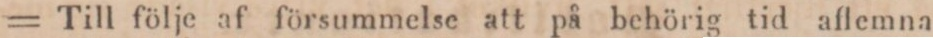
= Till följe af försummelse att på behörig tid aflemna